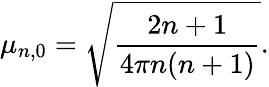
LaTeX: \mu_{n,0}=\sqrt{\frac{2n+1}{4\pi n(n+1)}}.